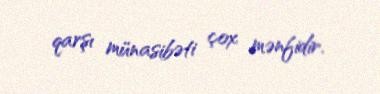
qarşı münasibəti çox mənfidir.